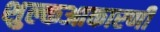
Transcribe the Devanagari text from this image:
शुल्कआकारणी